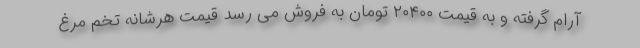
آرام گرفته و به قیمت ۲۰۴۰۰ تومان به فروش می رسد قیمت هرشانه تخم مرغ